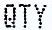
QTY